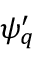
{ \psi } _ { q } ^ { \prime }